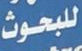
للبحوث